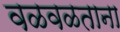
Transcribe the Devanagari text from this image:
वळवळताना